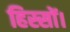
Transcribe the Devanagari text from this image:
हिस्सों।